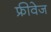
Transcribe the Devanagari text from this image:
फ्रीवेज